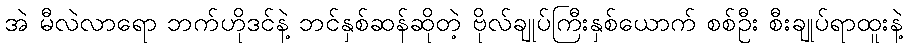
အဲ မီလဲလာရော ဘက်ဟိုဒင်နဲ့ ဘင်နှစ်ဆန်ဆိုတဲ့ ဗိုလ်ချုပ်ကြီးနှစ်ယောက် စစ်ဦး စီးချုပ်ရာထူးနဲ့